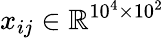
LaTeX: x_{ij}\in\mathbb{R}^{10^{4}\times 10^{2}}